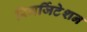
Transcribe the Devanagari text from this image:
रिगर्जिटेशन